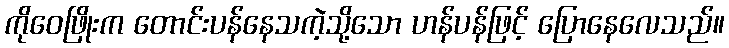
ကိုဝေဖြိုးက တောင်းပန်နေသကဲ့သို့သော ဟန်ပန်ဖြင့် ပြောနေလေသည်။